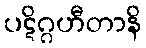
ပဋိဂ္ဂဟီတာနိ